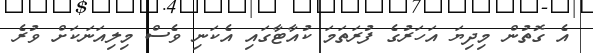
އެ ގޮތުން މިދިޔަ އަހަރުގެ ފުރަތަމަ ކުއާޓާގައި އެކަނި ވެސް މިލިއަނަކަށް ވުރެ